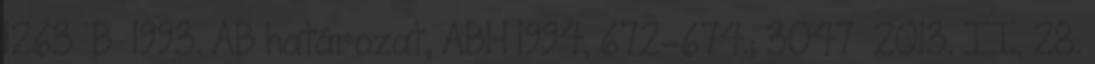
1263 B 1993. AB határozat, ABH 1994, 672–674.; 3047 2013. II. 28.